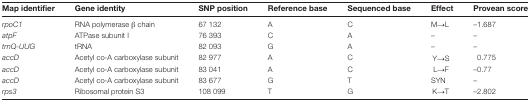
<table><thead><tr><td><b>Map identifier</b></td><td><b>Gene identity</b></td><td><b>SNP position</b></td><td><b>Reference base</b></td><td><b>Sequenced base</b></td><td><b>Effect</b></td><td><b>Provean score</b></td></tr></thead><tbody><tr><td><i>rpoC1</i></td><td>RNA polymerase β chain</td><td>67 132</td><td>A</td><td>C</td><td>M→L</td><td>–1.687</td></tr><tr><td><i>atpF</i></td><td>ATPase subunit I</td><td>76 393</td><td>C</td><td>A</td><td>–</td><td>–</td></tr><tr><td><i>trnQ-UUG</i></td><td>tRNA</td><td>82 093</td><td>G</td><td>A</td><td>–</td><td>–</td></tr><tr><td><i>accD</i></td><td>Acetyl co-A carboxylase subunit</td><td>82 977</td><td>A</td><td>C</td><td>Y→S</td><td>0.775</td></tr><tr><td><i>accD</i></td><td>Acetyl co-A carboxylase subunit</td><td>83 041</td><td>A</td><td>C</td><td>L→F</td><td>–0.77</td></tr><tr><td><i>accD</i></td><td>Acetyl co-A carboxylase subunit</td><td>83 677</td><td>G</td><td>T</td><td>SYN</td><td>–</td></tr><tr><td><i>rps3</i></td><td>Ribosomal protein S3</td><td>108 099</td><td>T</td><td>G</td><td>K→T</td><td>–2.802</td></tr></tbody></table>